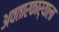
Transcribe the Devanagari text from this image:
अवतारकार्याला